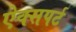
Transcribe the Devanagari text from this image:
ऐक्सपर्ट